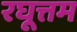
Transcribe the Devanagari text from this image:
रघूत्तम